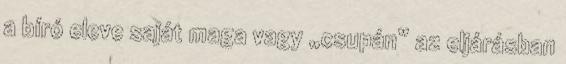
a bíró eleve saját maga vagy „csupán” az eljárásban